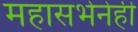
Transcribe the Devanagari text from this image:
महासभेनेही